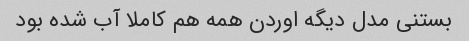
بستنی مدل دیگه اوردن همه هم کاملا آب شده بود